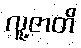
လူ့ဇာတိ